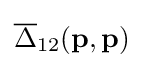
{\overline {\Delta }}_{12}(\mathbf {p} ,\mathbf {p} )